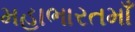
મહાભારતમાઁ